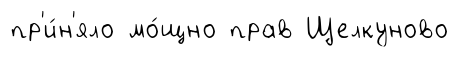
пр'и́н'яло мо́щно прав Щелкуново